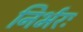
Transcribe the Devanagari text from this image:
निर्भरः